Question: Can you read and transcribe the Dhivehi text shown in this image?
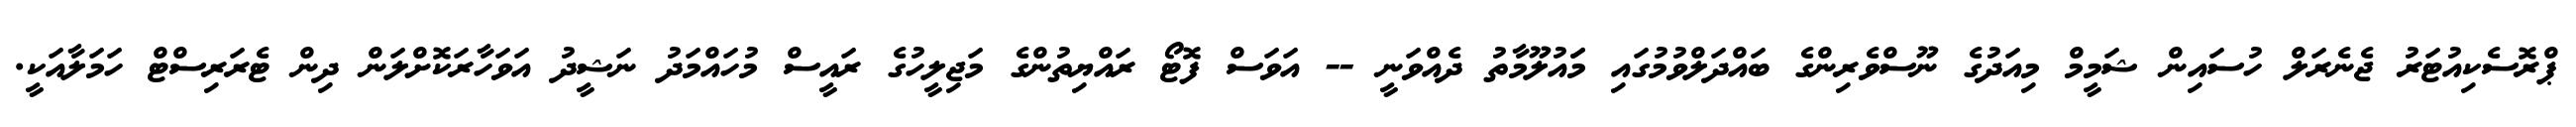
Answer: ޕްރޮސެކިއުޓަރު ޖެނެރަލް ހުސައިން ޝަމީމް މިއަދުގެ ނޫސްވެރިންގެ ބައްދަލްވުމުގައި މަައުލޫމާތު ދެއްވަނީ -- އަވަސް ފޮޓޯ ރައްޔިތުންގެ މަޖިލީހުގެ ރައީސް މުހައްމަދު ނަޝީދު އަވަހާރަކޮށްލަން ދިން ޓެރަރިސްޓް ހަމަލާއަކީ.